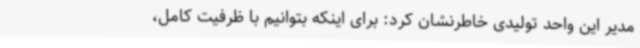
مدیر این واحد تولیدی خاطرنشان کرد: برای اینکه بتوانیم با ظرفیت کامل،